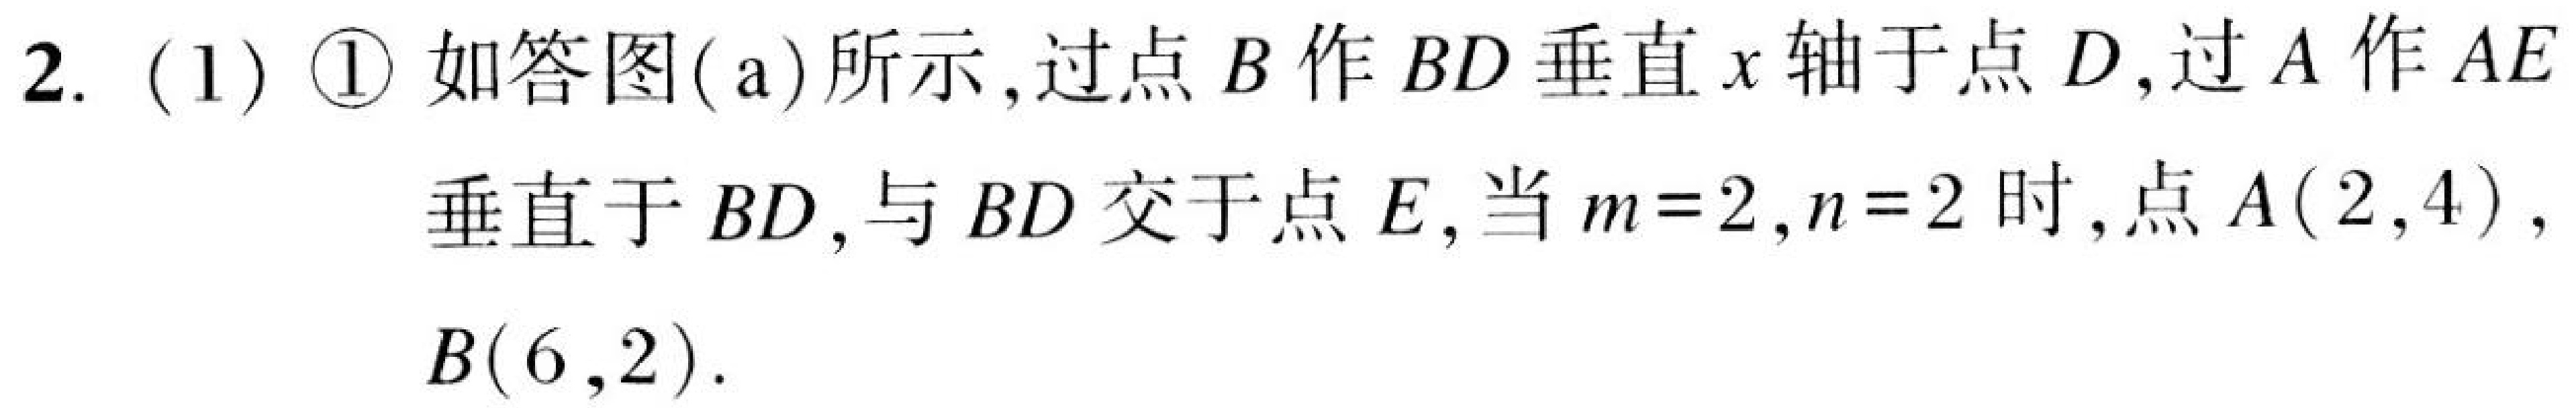
2. (1) \textcircled{1} 如答图(a)所示，过点\(B\)作\(BD\)垂直\(x\)轴于点\(D\)，过\(A\)作\(AE\)垂直于\(BD\)，与\(BD\)交于点\(E\)，当\(m = 2\)，\(n = 2\)时，点\(A(2,4)\)，\(B(6,2)\).